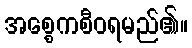
အစ္စေကစီဝရမည်၏။